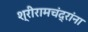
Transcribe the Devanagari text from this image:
श्रीरामचंद्रांना